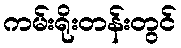
ကမ်းရိုးတန်းတွင်